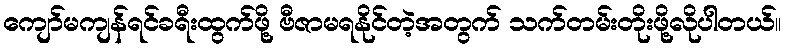
ကျော်မကျန်ရင်ခရီးထွက်ဖို့ ဗီဇာမရနိုင်တဲ့အတွက် သက်တမ်းတိုးဖို့လိုပါတယ်။